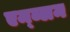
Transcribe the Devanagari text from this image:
एम्ब्लम